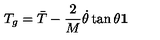
T _ { g } = { \bar { T } } - \frac { 2 } { M } { \dot { \theta } } \tan \theta \bf { 1 }